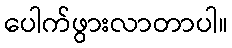
ပေါက်ဖွားလာတာပါ။